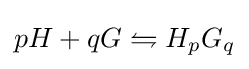
pH+qG\leftrightharpoons H_{p}G_{q}